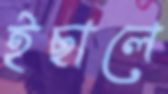
ইছালে